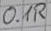
Text: 0.1R